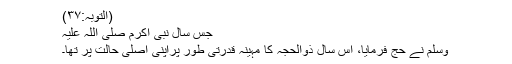
(التوبہ:۳۷)
جس سال نبی اکرم صلی اللہ علیہ
وسلم نے حج فرمایا، اس سال ذوالحجہ کا مہینہ قدرتی طور پراپنی اصلی حالت پر تھا۔